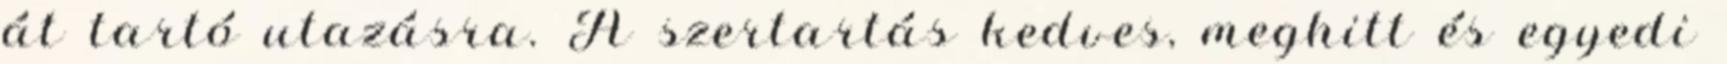
át tartó utazásra. A szertartás kedves, meghitt és egyedi